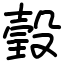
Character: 瑴